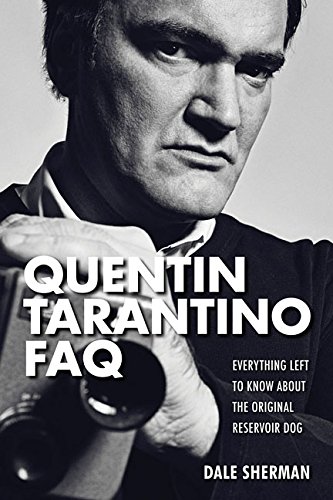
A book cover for Quentin Tarantino FAQ: Everything Left to Know About the Original Reservoir Dog (FAQ Series); Dale Sherman; Humor & Entertainment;